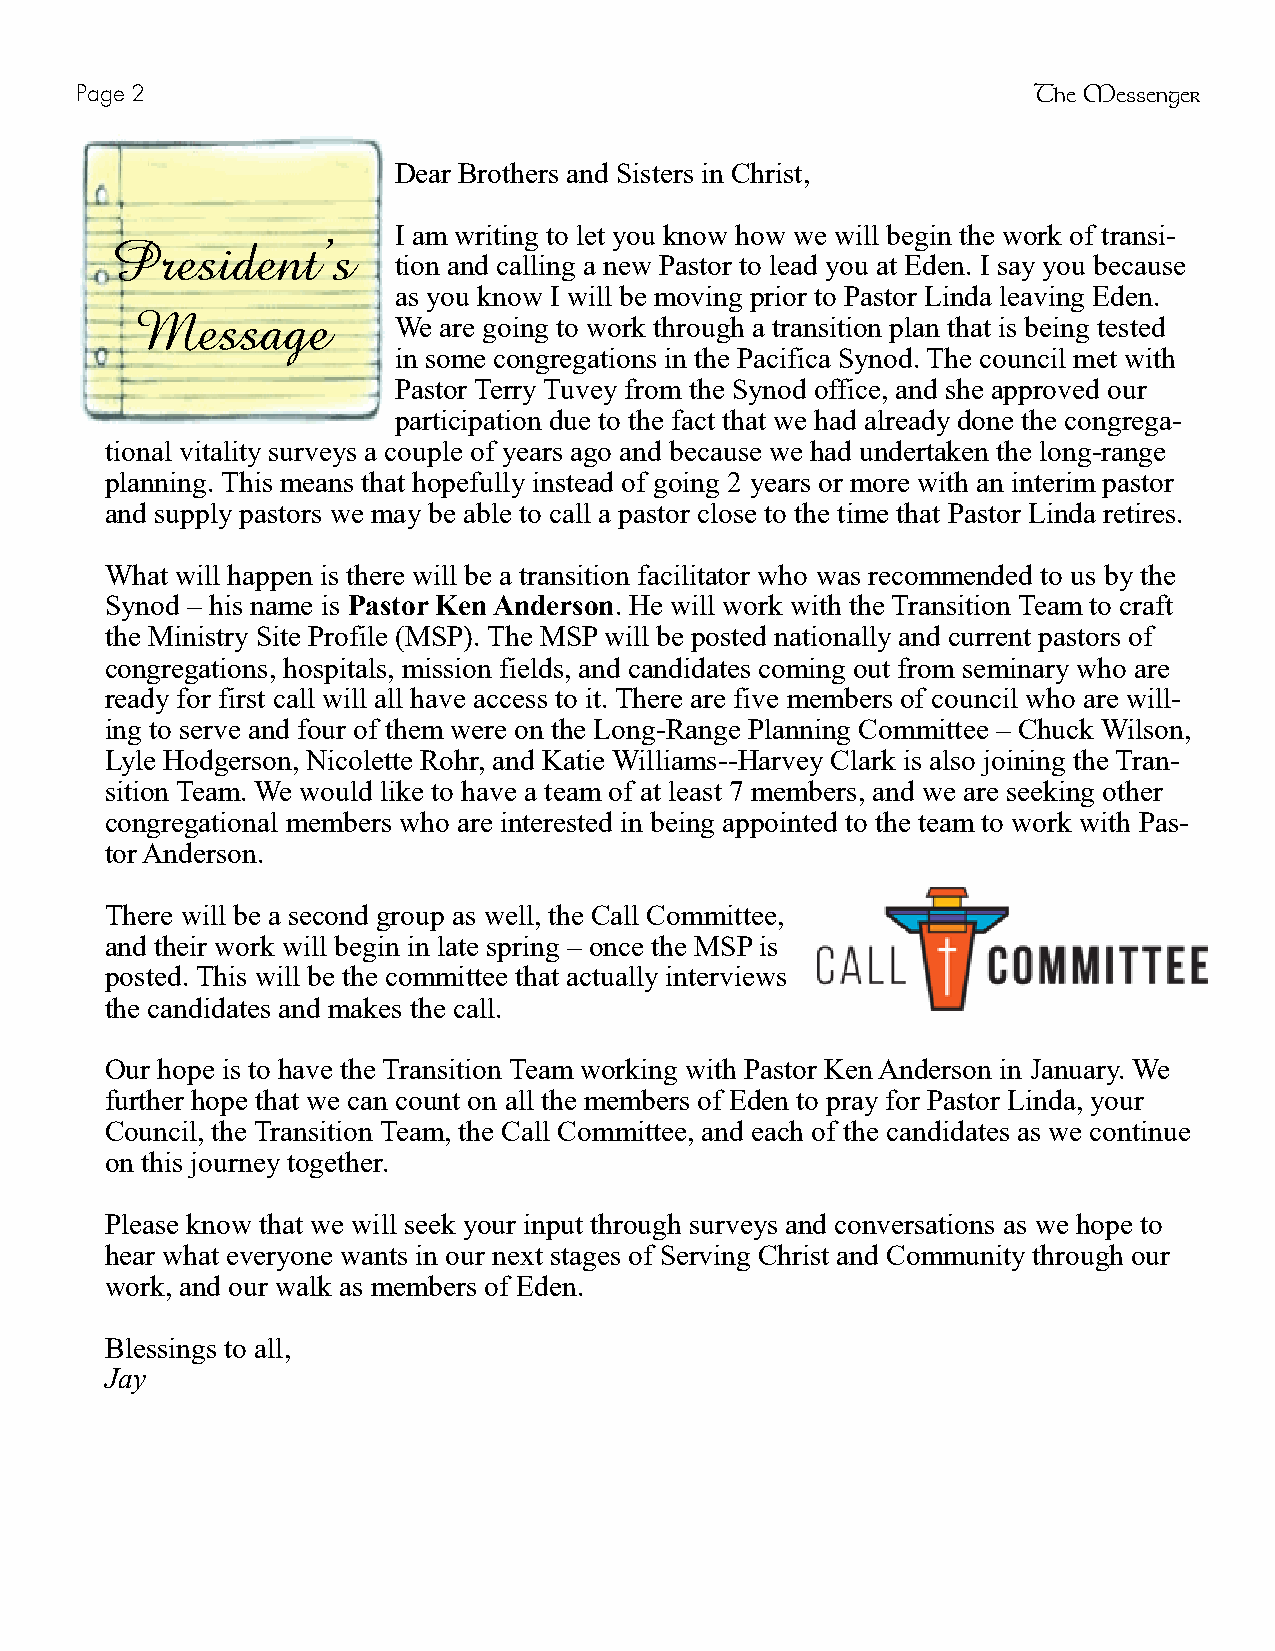
Page 2                                                         The Messenger
 Dear Brothers and Sisters in Christ,
 I am writing to let you know how we will begin the work of transi-
 President’s
 tion and calling a new Pastor to lead you at Eden. I say you because
 as you know I will be moving prior to Pastor Linda leaving Eden.
 Message
 We are going to work through a transition plan that is being tested
 in some congregations in the Pacifica Synod. The council met with
 Pastor Terry Tuvey from the Synod office, and she approved our
 participation due to the fact that we had already done the congrega-
 tional vitality surveys a couple of years ago and because we had undertaken the long-range
 planning. This means that hopefully instead of going 2 years or more with an interim pastor
 and supply pastors we may be able to call a pastor close to the time that Pastor Linda retires.
 What will happen is there will be a transition facilitator who was recommended to us by the
 Synod – his name is Pastor Ken Anderson. He will work with the Transition Team to craft
 the Ministry Site Profile (MSP). The MSP will be posted nationally and current pastors of
 congregations, hospitals, mission fields, and candidates coming out from seminary who are
 ready for first call will all have access to it. There are five members of council who are will-
 ing to serve and four of them were on the Long-Range Planning Committee – Chuck Wilson,
 Lyle Hodgerson, Nicolette Rohr, and Katie Williams--Harvey Clark is also joining the Tran-
 sition Team. We would like to have a team of at least 7 members, and we are seeking other
 congregational members who are interested in being appointed to the team to work with Pas-
 tor Anderson.
 There will be a second group as well, the Call Committee,
 and their work will begin in late spring – once the MSP is
 posted. This will be the committee that actually interviews
 the candidates and makes the call.
 Our hope is to have the Transition Team working with Pastor Ken Anderson in January. We
 further hope that we can count on all the members of Eden to pray for Pastor Linda, your
 Council, the Transition Team, the Call Committee, and each of the candidates as we continue
 on this journey together.
 Please know that we will seek your input through surveys and conversations as we hope to
 hear what everyone wants in our next stages of Serving Christ and Community through our
 work, and our walk as members of Eden.
 Blessings to all,
 Jay